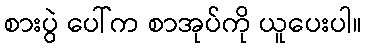
စားပွဲ ပေါ်က စာအုပ်ကို ယူပေးပါ။